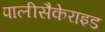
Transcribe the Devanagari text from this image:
पालीसैकेराइड